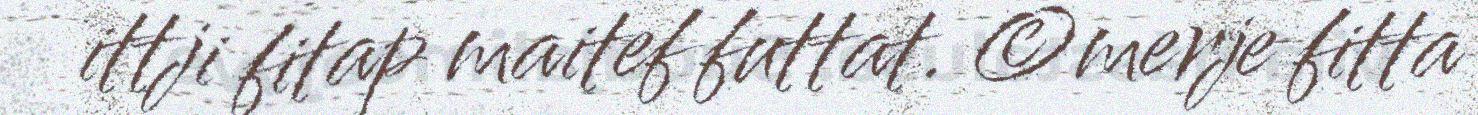
ittji fitap maitef futtat. ©merje fitta